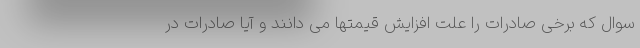
سوال که برخی صادرات را علت افزایش قیمتها می دانند و آیا صادرات در